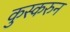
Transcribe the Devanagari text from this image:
कुस्करुन